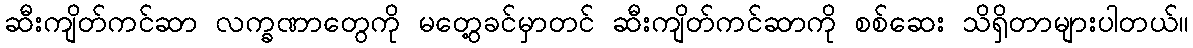
ဆီးကျိတ်ကင်ဆာ လက္ခဏာတွေကို မတွေ့ခင်မှာတင် ဆီးကျိတ်ကင်ဆာကို စစ်ဆေး သိရှိတာများပါတယ်။